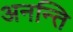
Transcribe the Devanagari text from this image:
अनन्ति